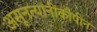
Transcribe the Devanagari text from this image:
असूनत्यांनींकौपीन